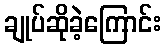
ချုပ်ဆိုခဲ့ကြောင်း